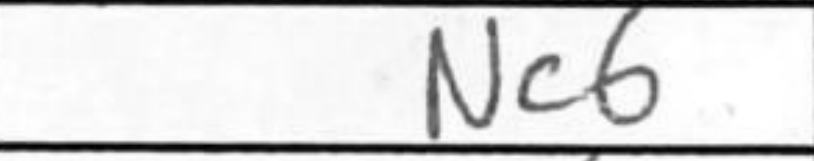
Transcription: Nc6